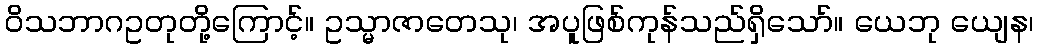
ဝိသဘာဂဥတုတို့ကြောင့်။ ဥသ္မာဇာတေသု၊ အပူဖြစ်ကုန်သည်ရှိသော်။ ယေဘု ယျေန၊